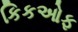
કિકઓફ